Statistical return of the lunatic asylum in Assam - 1912-1932
Year: 1912
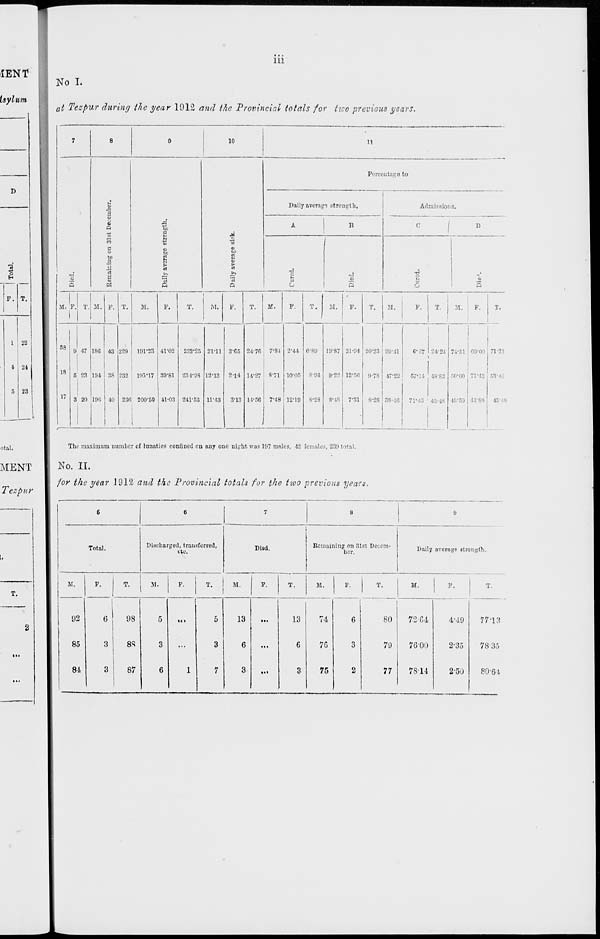
iii
No I.
at Tezpur during the year 1912 and the Provincial totals for two previous years.
24
23
7
8
0
10
11
Percentago io
!
1 9
«
n
CO
to
a
1
"3
Daily average strength,
Admissions.
A
I?
C
1 ^
0
O
a
fco
bo
s
to
.2
'a
S
(2
g
-a
2
a
U
•a
3
6
S
M. F. T. M. F. T.
It.
F.
T.
M.
F.
T.
If.
F.
T.
LI.
F.
T.
M.
F.
T.
M.
F.
T.
88 0 47 18G 43 229 191-23 41-02 232-25 2V11 3C5 24' 7C 7-81 2-4-t 6-89 19-87 21-94 20-23 29-11
C-H7 24-2-1 74-51 eo-oo 71-21
18
I
5 23 194 38 232 105-17 39-81 234-98 12-13 2-14 14-27 8-71 10-05 8-94 9-22 12-50 9-7S 47-22
57-14 48-83 50-00 71*43 53- I1
17 3 20 19G 40 23E 200-50 41-03 211-53 11-43
3-13 14-5(5
7-48 12-19 8-28 8-48 7-31
S-2S 38-46
71*43 43-48 43-59 42-86
43'-;'
The maximum number of lunatics confined on any ono night was 197 males, 42 females, 239 total.
No. II.
for the year 1912 and tke Provincial totals for the two previous years.
T.
Potal.
M.
02
85
84
Discharged, transferred,
etc.
Died.
Remaining on 31st Decem-
ber.
F.
T.
».
F.
T.
M.
F.
T.
M. 1 ' • 1
6
98
5
...
5
13
...
13
74
6
3
88
3
...
3
6
...
6
70
3
3
87
6
1
7
3
...
3
75
2
Daily avorage strength.
M.
80
7-2-64
79
7600
77
78-14
4--19
2-35
2'50
77-13
7835
80-61